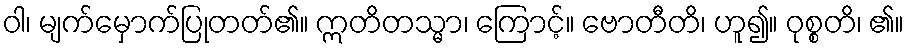
ဝါ၊ မျက်မှောက်ပြုတတ်၏။ ဣတိတသ္မာ၊ ကြောင့်။ ဗောတီတိ၊ ဟူ၍။ ဝုစ္စတိ၊ ၏။